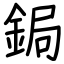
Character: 鋦